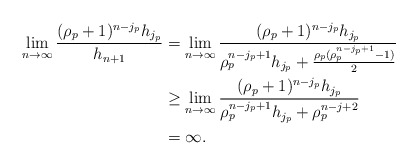
\begin{align*}\lim_{n\to \infty} \frac{(\rho_p+1)^{n-j_p} h_{j_p}}{ h_{n+1} } &= \lim_{n\to \infty} \frac{(\rho_p+1)^{n-j_p} h_{j_p}}{ \rho_p^{n-j_p+1}h_{j_p} + \frac{\rho_p(\rho_p^{n-j_p+1}-1)}{2} } \\&\geq \lim_{n\to \infty} \frac{(\rho_p+1)^{n-j_p} h_{j_p}}{ \rho_p^{n-j_p+1}h_{j_p} + \rho_p^{n-j+2} } \\ &= \infty . \end{align*}